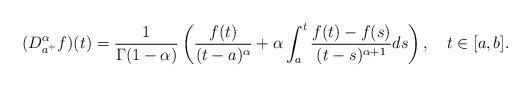
LaTeX: \begin{align*}(D_{a^{+}}^{\alpha}f)(t)=\frac{1}{\Gamma(1-\alpha)}\left(\frac{f(t)}{(t-a)^{\alpha}}+\alpha\int_{a}^{t}\frac{f(t)-f(s)}{(t-s)^{\alpha+1}}ds\right),\ \ \ t\in[a,b].\end{align*}